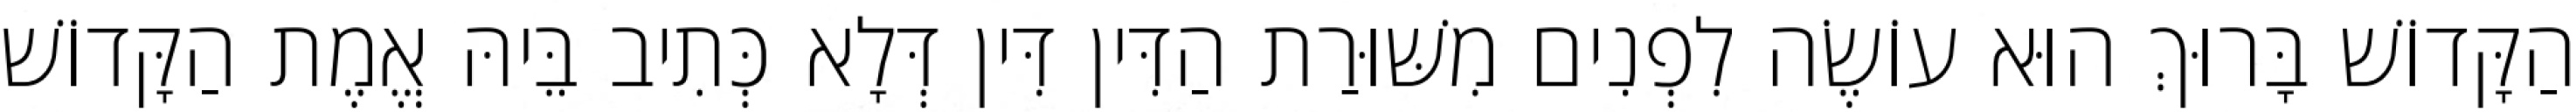
הַקָּדוֹשׁ בָּרוּךְ הוּא עוֹשֶׂה לִפְנִים מִשּׁוּרַת הַדִּין דִּין דְּלָא כְּתִיב בֵּיהּ אֱמֶת הַקָּדוֹשׁ